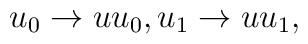
u_{0}\rightarrow uu_{0},u_{1}\rightarrow uu_{1},